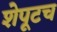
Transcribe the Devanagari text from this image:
शेपूटच